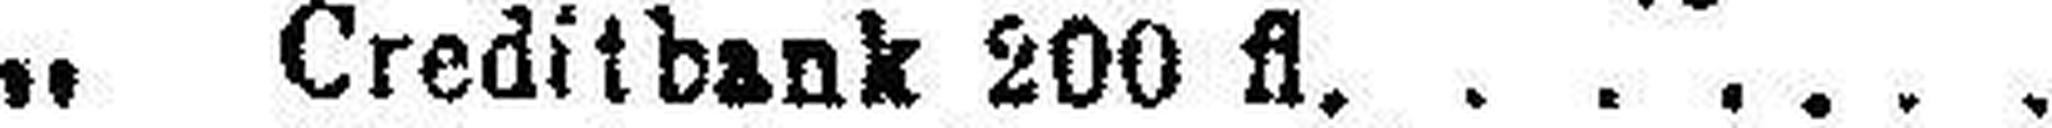
„ Creditbank 200 fl.